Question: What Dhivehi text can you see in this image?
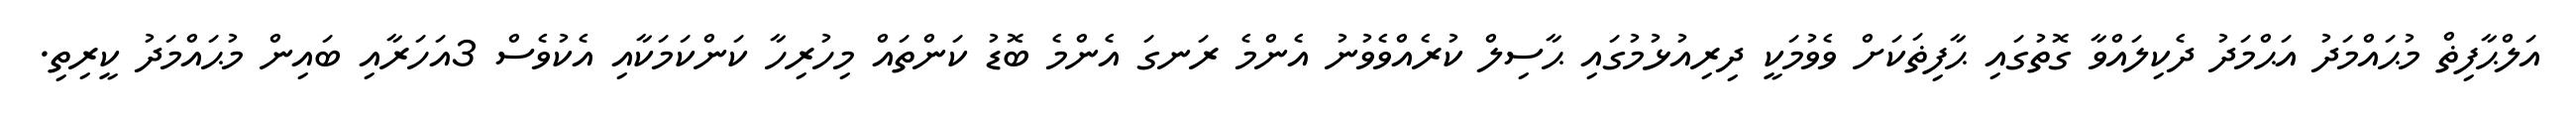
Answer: އަލްޙާފިޡް މުޙައްމަދު އަޙްމަދު ދެކިލައްވާ ގޮތުގައި ޙާފިޡަކަށް ވެވުމަކީ ދިރިއުޅުމުގައި ޙާސިލް ކުރެއްވެވުނު އެންމެ ރަނގަ އެންމެ ބޮޑު ކަންތައް މިހުރިހާ ކަންކަމަކާއި އެކުވެސް 3އަހަރާއި ބައިން މުޙައްމަދު ކީރިތި.